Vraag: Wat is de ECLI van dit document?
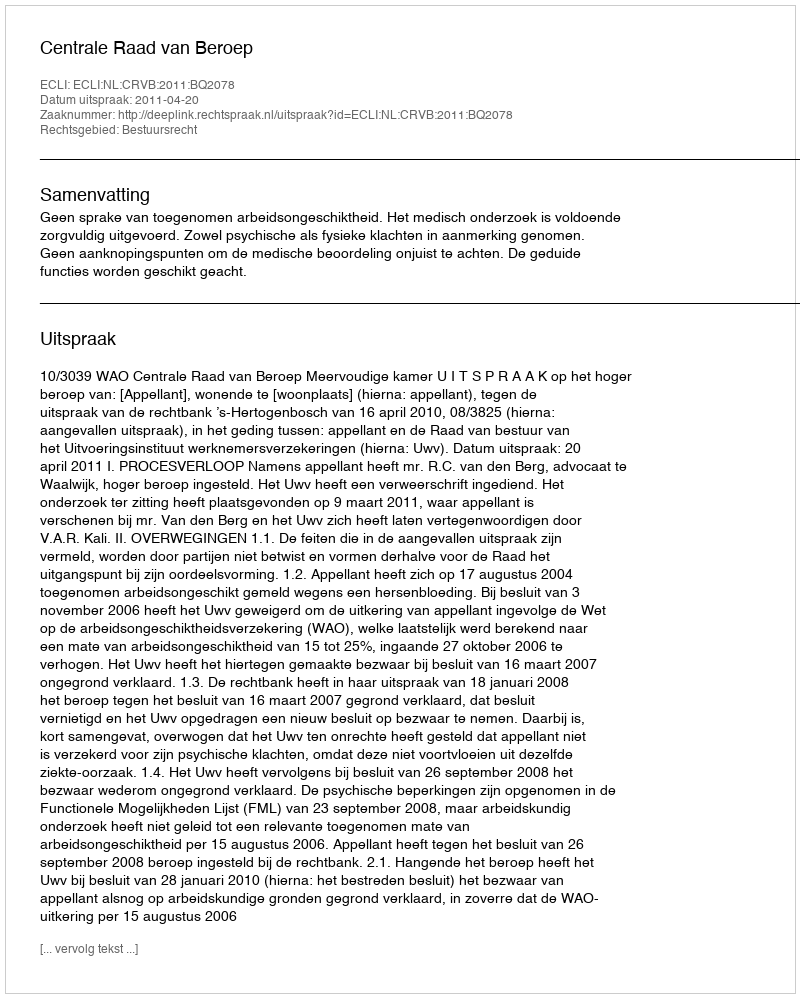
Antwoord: ECLI:NL:CRVB:2011:BQ2078